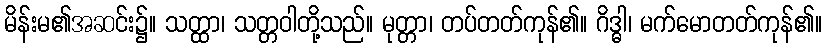
မိန်းမ၏အဆင်း၌။ သတ္ထာ၊ သတ္တဝါတို့သည်။ မုတ္တာ၊ တပ်တတ်ကုန်၏။ ဂိဒ္ဓါ၊ မက်မောတတ်ကုန်၏။